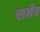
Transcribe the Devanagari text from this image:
समेर